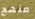
منهج